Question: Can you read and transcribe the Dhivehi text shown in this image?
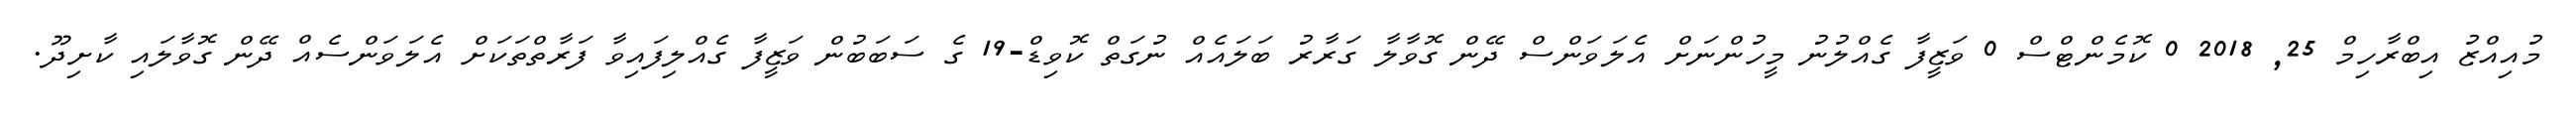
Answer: މުއިއްޒު އިބްރާހިމް 25, 2018 0 ކޮމެންޓްސް 0 ވަޒީފާ ގެއްލުނު މީހުންނަށް އެލަވަންސް ދޭން ގޮވާލާ ގަރާރު ބަލައެއް ނުގަތް ކޮވިޑް-19 ގެ ސަބަބުން ވަޒީފާ ގެއްލިފައިވާ ފަރާތްތަކަށް އެލަވަންސެއް ދޭން ގޮވާލައި ކާށިދޫ.